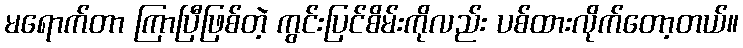
မရောက်တာ ကြာပြီဖြစ်တဲ့ ကွင်းပြင်စိမ်းကိုလည်း ပစ်ထားလိုက်တော့တယ်။